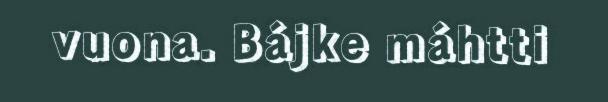
vuona. Bájke máhtti